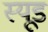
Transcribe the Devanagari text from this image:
स्‍यूड